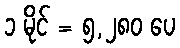
၁ မိုင် = ၅,၂၈၀ ပေ